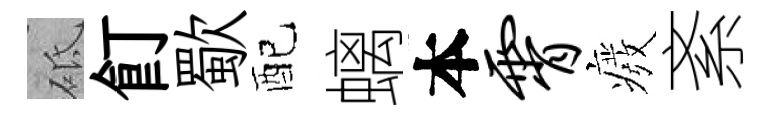
砥飣歜配螭本霄癈紊